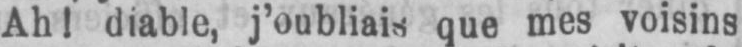
que mes voisins